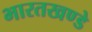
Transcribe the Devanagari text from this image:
भारतखण्डे